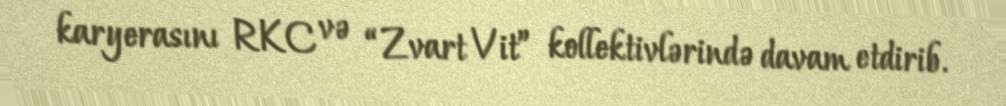
karyerasını RKC və “Zvart Vit” kollektivlərində davam etdirib.